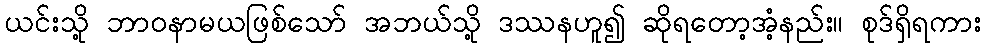
ယင်းသို့ ဘာဝနာမယဖြစ်သော် အဘယ်သို့ ဒဿနဟူ၍ ဆိုရတော့အံ့နည်း။ စုဒ်ရှိရကား